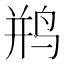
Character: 𫛨